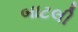
બાટલી